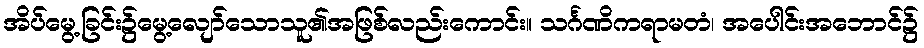
အိပ်မွေ့ခြင်း၌မွေ့လျော်သောသူ၏အဖြစ်လည်းကောင်း။ သင်္ဂဏိကရာမတံ၊ အပေါင်းအဘောင်၌